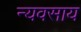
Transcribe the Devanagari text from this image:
न्यवसाय